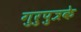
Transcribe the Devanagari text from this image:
गुरुपुत्रके